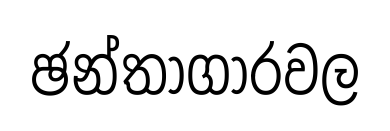
ඡන්තාගාරවල